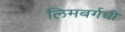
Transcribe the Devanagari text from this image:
लिमबर्गची